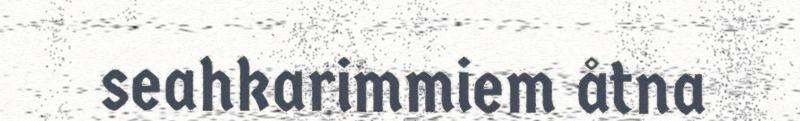
seahkarimmiem åtna